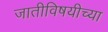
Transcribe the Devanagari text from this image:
जातीविषयीच्या